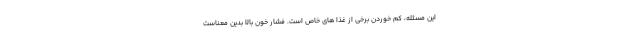
این مسئله، کم خوردن برخی از غذا های خاص است. فشار خون بالا بدین معناست